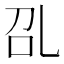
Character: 𰀻